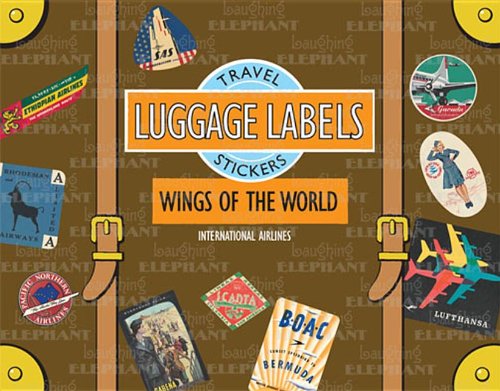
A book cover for Wings of the World Luggage Labels: Travel Stickers; Crafts, Hobbies & Home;